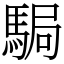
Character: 駶